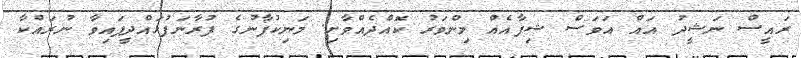
ރައީސް ނަޝީދު އައް އަވަސް ޝިފާއެއް މިންވަރު ކޮއްދެއްވާށި. މަނިކުފާނުގެ ފުރާނަފުޅައްދީފައިވާ ނުރައްކާ